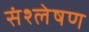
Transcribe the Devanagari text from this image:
संश्‍लेषण